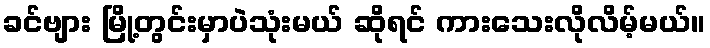
ခင်ဗျား မြို့တွင်းမှာပဲသုံးမယ် ဆိုရင် ကားသေးလိုလိမ့်မယ်။